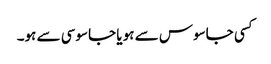
کسی جاسوس سے ہو یا جاسوسی سے ہو۔